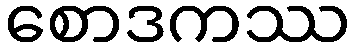
စောဒကဿ